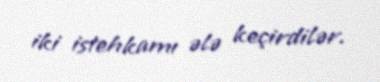
iki istehkamı ələ keçirdilər.